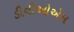
ડીવીઓએમ